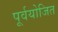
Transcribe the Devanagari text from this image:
पूर्वयोजित